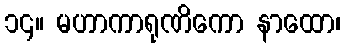
၁၄။ မဟာကာရုဏိကော နာထော၊